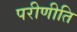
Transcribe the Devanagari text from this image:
परीणीति